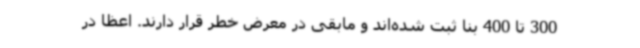
300 تا 400 بنا ثبت شده‌اند و مابقی در معرض خطر قرار دارند. اعظا در